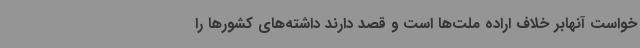
خواست آنهابر خلاف اراده ملت‌ها است و قصد دارند داشته‌های کشورها را